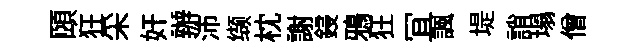
頤狂采奸辦沛缬枕謝鋟鴉狂冝諷堤誚塌僧